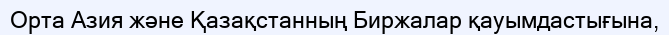
Орта Азия және Қазақстанның Биржалар қауымдастығына,